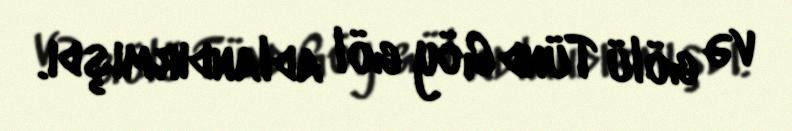
və gölü Tünd Göy göl adlandırmışdı.